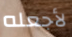
لأجعله